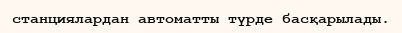
станциялардан автоматты түрде басқарылады.